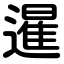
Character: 暹